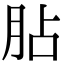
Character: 胋